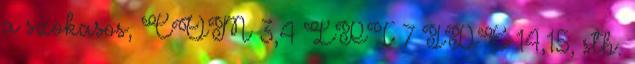
a szokasos, COM 3,4 LPT 7 IDE 14,15, stb.